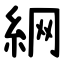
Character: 䋞